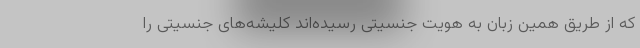
که از طریق همین زبان به هویت جنسیتی رسیده‌اند کلیشه‌های جنسیتی را